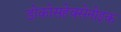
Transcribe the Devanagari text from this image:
डोकोसहेक्सेनोइक